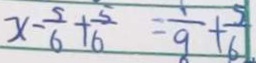
x - \frac { 5 } { 6 } + \frac { 5 } { 6 } = \frac { 1 } { 9 } + \frac { 5 } { 6 }